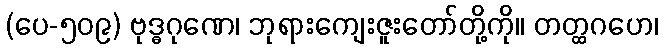
(ပေ-၅၀၉) ဗုဒ္ဓဂုဏေ၊ ဘုရားကျေးဇူးတော်တို့ကို။ တတ္ထဂဟေ၊